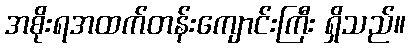
အစိုးရအထက်တန်းကျောင်းကြီး ရှိသည်။